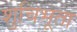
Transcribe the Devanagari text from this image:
शुचिभूता